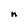
Character: n